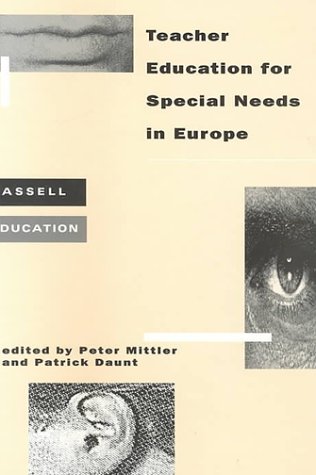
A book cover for Teacher Education for Special Needs in Europe (Cassell Education); Health, Fitness & Dieting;